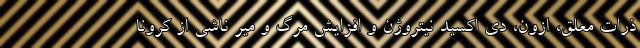
ذرات معلق، ازون، دی اکسید نیتروژن و افزایش مرگ و میر ناشی از کرونا